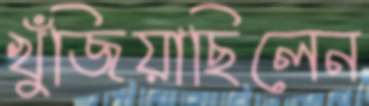
খুঁজিয়াছিলেন